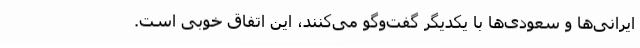
ایرانی‌ها و سعودی‌ها با یکدیگر گفت‌وگو می‌کنند، این اتفاق خوبی است.